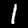
Label: 1